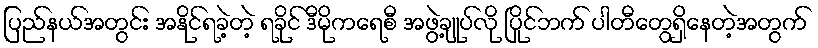
ပြည်နယ်အတွင်း အနိုင်ရခဲ့တဲ့ ရခိုင် ဒီမိုကရေစီ အဖွဲ့ချုပ်လို ပြိုင်ဘက် ပါတီတွေရှိနေတဲ့အတွက်